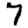
Digit: 7